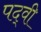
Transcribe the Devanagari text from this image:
पद्‍वी